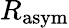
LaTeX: R_{\mathrm{asym}}